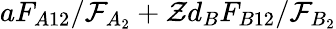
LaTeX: aF_{A12}/\mathcal{F}_{A_{2}}+\mathcal{Z}d_{B}F_{B12}/\mathcal{F}_{B_{2}}